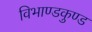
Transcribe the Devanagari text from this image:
विभाण्डकुण्ड